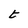
Character: t